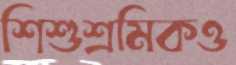
শিশুশ্রমিকও